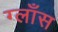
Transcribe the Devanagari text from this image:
ग्लाँस